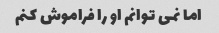
اما نمی توانم او را فراموش کنم